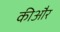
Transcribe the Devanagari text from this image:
कीऔर